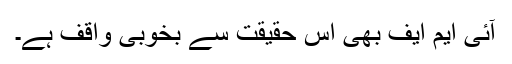
آئی ایم ایف بھی اس حقیقت سے بخوبی واقف ہے۔